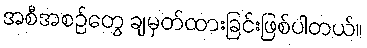
အစီအစဉ်တွေ ချမှတ်ထားခြင်းဖြစ်ပါတယ်။